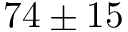
7 4 \pm 1 5